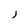
Character: J